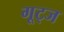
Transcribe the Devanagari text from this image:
गूट्ज